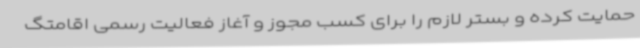
حمایت کرده و بستر لازم را برای کسب مجوز و آغاز فعالیت رسمی اقامتگ